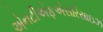
એનટીએફએસરિસાઇઝ